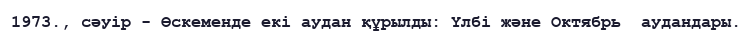
1973., сәуір - Өскеменде екі аудан құрылды: Үлбі және Октябрь  аудандары.